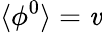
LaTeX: \langle\phi^{0}\rangle=\mathit{v}